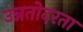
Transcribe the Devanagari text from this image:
उन्नतोदरता